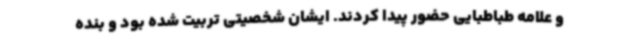
و علامه طباطبایی حضور پیدا کردند. ایشان شخصیتی تربیت شده بود و بنده